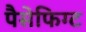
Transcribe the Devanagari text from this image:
पैसेफिग्ट